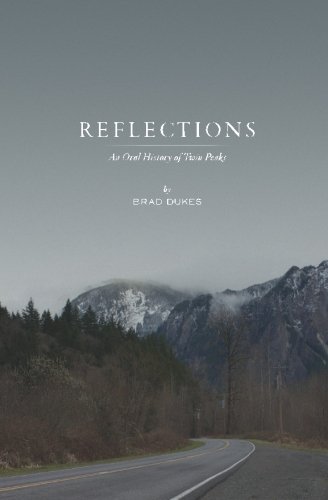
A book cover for Reflections: An Oral History of Twin Peaks; Brad Dukes; Humor & Entertainment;